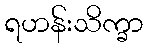
ရဟန်းသိက္ခာ